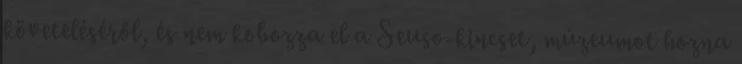
követeléséről, és nem kobozza el a Seuso-kincset, múzeumot hozna